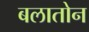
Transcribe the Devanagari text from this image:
बलातोन